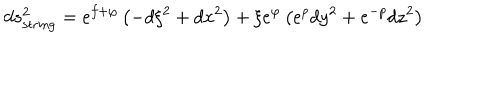
LaTeX: d s _ { \mathrm { s t r i n g } } ^ { 2 } = e ^ { f + \varphi } \left( - d \xi ^ { 2 } + d x ^ { 2 } \right) + \xi e ^ { \varphi } \left( e ^ { p } d y ^ { 2 } + e ^ { - p } d z ^ { 2 } \right)